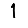
Digit: 1